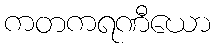
ကတကရဏီယော